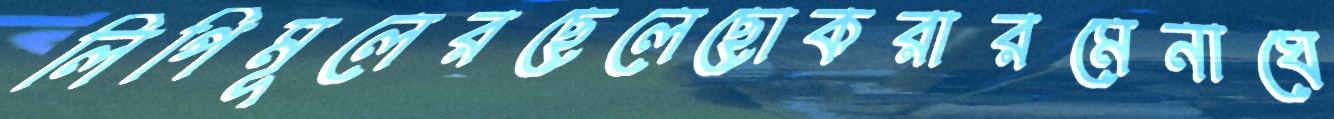
লিপিমূলেরছেলেছোকরারমেনাঘে